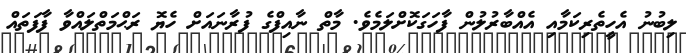
ލިބުނު އެހީތެރިކަމާއި އެއްބާރުލުން ފާހަގަކޮށްލަމެވެ. މާތް ނާއިފްގެ ފުރާނައަށް ހެޔޮ ރަޙްމަތްލައްވާ ފާފަތައް